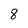
Character: 8